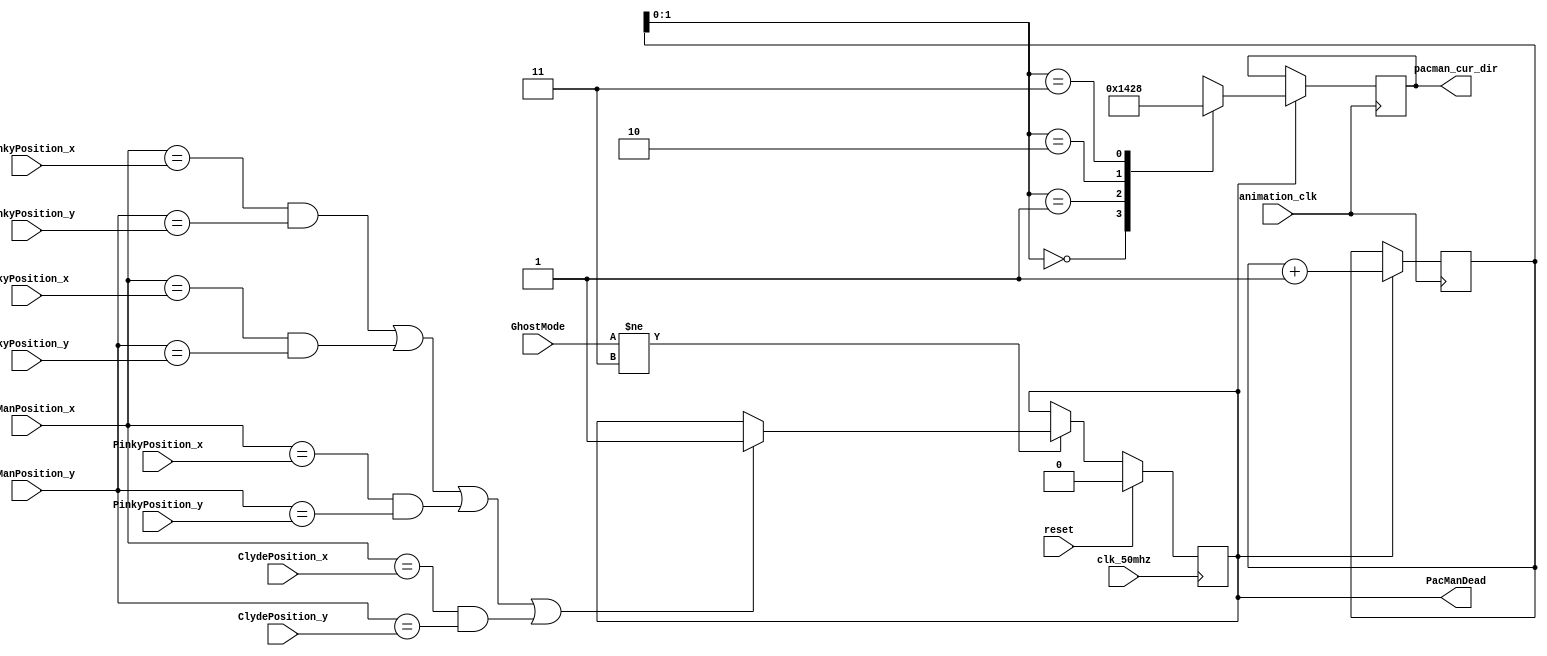
/* 
 * File Primary Author: Derek Heyman
 * See LICENSE for license information
 */

module pacman_death(
							input reset,
							input animation_clk,
							input clk_50mhz,
							input [1:0] GhostMode,
							input [6:0] PacManPosition_x,
							input [6:0] PacManPosition_y,
							input [6:0] BlinkyPosition_x,
							input [6:0] BlinkyPosition_y,
							input [6:0] InkyPosition_x,
							input [6:0] InkyPosition_y,
							input [6:0] ClydePosition_x,
							input [6:0] ClydePosition_y,
							input [6:0] PinkyPosition_x,
							input [6:0] PinkyPosition_y,
							output reg [3:0] pacman_cur_dir, 
							output reg PacManDead
						);


reg startsequence;
reg [2:0] animation_counter;

always @(posedge animation_clk) begin
		if(PacManDead == 1) begin

			case(animation_counter[1:0])
				2'b00: pacman_cur_dir <= 4'b0001;
				2'b01: pacman_cur_dir <= 4'b0100;
				2'b10: pacman_cur_dir <= 4'b0010;
				2'b11: pacman_cur_dir <= 4'b1000;
			endcase
			animation_counter <= animation_counter + 1;
		end
end

always@ (posedge clk_50mhz) begin
	if(reset) begin
		PacManDead <= 0;
	end else begin
		// if ghosts are not BLUE and heading back to jail
		// check for collision with PacMan
		if(GhostMode != 2'b11) begin
			
			if((PacManPosition_x == BlinkyPosition_x && PacManPosition_y == BlinkyPosition_y) ||
				(PacManPosition_x == InkyPosition_x && PacManPosition_y == InkyPosition_y) ||
				(PacManPosition_x == PinkyPosition_x && PacManPosition_y == PinkyPosition_y) ||
				(PacManPosition_x == ClydePosition_x && PacManPosition_y == ClydePosition_y))
				PacManDead <= 1;
			
		end

	end
end
endmodule